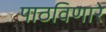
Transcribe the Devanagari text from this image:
पाठविणारे